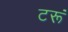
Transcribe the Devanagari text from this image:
टरूं